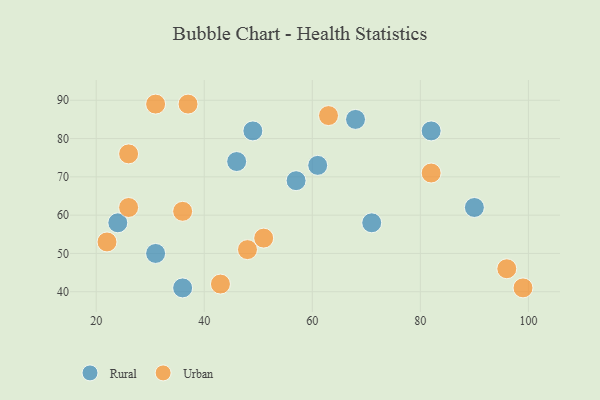
{"axis": {"x": "GDP", "y": "Life Expectancy"}, "legend": ["Rural", "Urban"], "data": [{"x": "57", "y": 69, "type": "Rural"}, {"x": "82", "y": 82, "type": "Rural"}, {"x": "68", "y": 85, "type": "Rural"}, {"x": "46", "y": 74, "type": "Rural"}, {"x": "49", "y": 82, "type": "Rural"}, {"x": "31", "y": 50, "type": "Rural"}, {"x": "71", "y": 58, "type": "Rural"}, {"x": "90", "y": 62, "type": "Rural"}, {"x": "36", "y": 41, "type": "Rural"}, {"x": "61", "y": 73, "type": "Rural"}, {"x": "24", "y": 58, "type": "Rural"}, {"x": "26", "y": 76, "type": "Urban"}, {"x": "82", "y": 71, "type": "Urban"}, {"x": "48", "y": 51, "type": "Urban"}, {"x": "43", "y": 42, "type": "Urban"}, {"x": "96", "y": 46, "type": "Urban"}, {"x": "26", "y": 62, "type": "Urban"}, {"x": "51", "y": 54, "type": "Urban"}, {"x": "36", "y": 61, "type": "Urban"}, {"x": "31", "y": 89, "type": "Urban"}, {"x": "37", "y": 89, "type": "Urban"}, {"x": "99", "y": 41, "type": "Urban"}, {"x": "63", "y": 86, "type": "Urban"}, {"x": "22", "y": 53, "type": "Urban"}]}